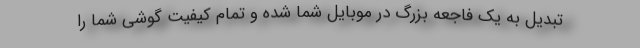
تبدیل به یک فاجعه بزرگ در موبایل شما شده و تمام کیفیت گوشی شما را